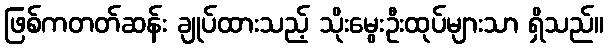
ဖြစ်ကတတ်ဆန်း ချုပ်ထားသည့် သိုးမွေးဦးထုပ်များသာ ရှိသည်။